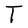
Character: T